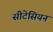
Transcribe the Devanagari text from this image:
सीटेसियन